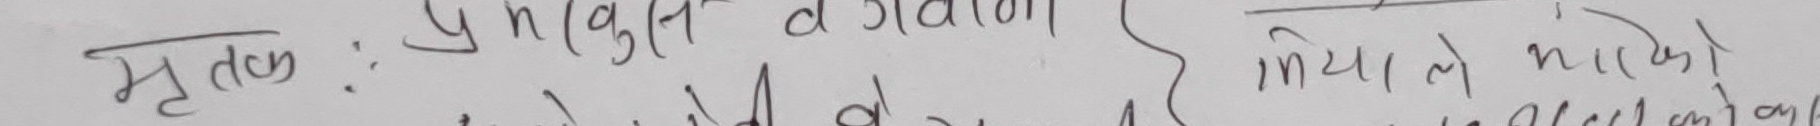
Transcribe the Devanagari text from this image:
मृतक: पुन (बुल्त दगाना) मिया ले भी को को के के भएको